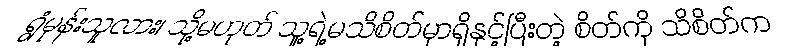
ရွံမုန်းသူလား၊ သို့မဟုတ် သူ့ရဲ့မသိစိတ်မှာရှိနှင့်ပြီးတဲ့ စိတ်ကို သိစိတ်က